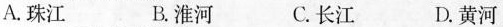
A.珠江 B.淮河 C.长江 D.黄河